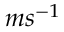
m s ^ { - 1 }